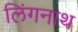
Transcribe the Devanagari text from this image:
लिंगनाथ